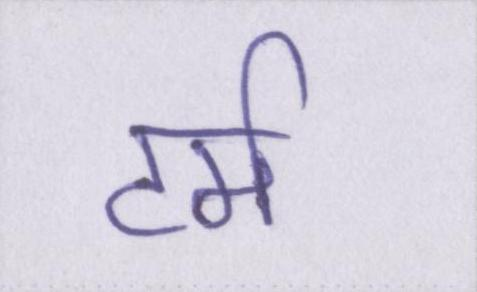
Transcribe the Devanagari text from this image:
टर्म